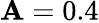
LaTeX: \mathbf{A}=0.4